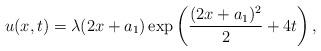
LaTeX: \begin{align*}u(x,t)=\lambda(2x+a_1)\exp\left(\frac{(2x+a_1)^2}{2}+4t\right),\end{align*}